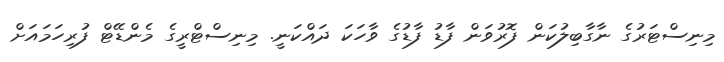
މިނިސްޓަރުގެ ނާގާބިލުކަން ފޮރުވަން ފާޑު ފާޑުގެ ވާހަކަ ދައްކަނީ. މިނިސްޓްރީގެ މެންޑޭޓް ފުރިހަމައަށް